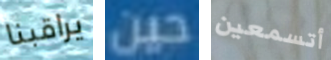
يراقبنا حين أتسمعين